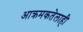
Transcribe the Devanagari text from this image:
आक्रमकतेलाही